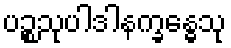
ပဉ္စသုပါဒါနက္ခန္ဓေသု